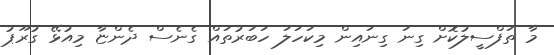
މާ ތަފްސީލުކޮށް ގިނަ ގިނައިން މިކަހަލަ ހަބަރުތައް ގެނެސް ދެންޏާ މިއުޅޭ ގުރޫޕު